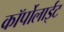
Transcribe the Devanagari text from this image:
कॉर्पोलाईट